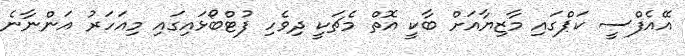
އޭއެފްސީ ކަޕްގައި މާޒިޔާއަށް ބާކީ އޮތް މެޗަކީ ދިވެހި ފުޓްބޯޅައިގައި މިއަހަރު އަންނާނެ